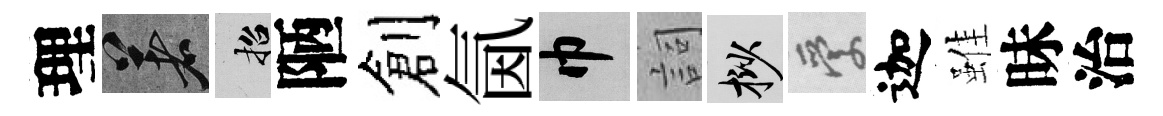
理著招陋創氤巾詞挲愛迦雖昧治